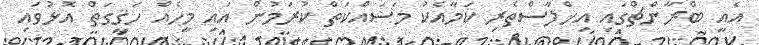
އެއީ ބްރާންޗްގައި އިޚްލާސްތެރި ކަމާއެކު މަސައްކަތް ކުރަމުން އައި މީހެއް ހަޤީގަތް އޮޅުވައި